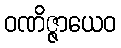
ဝဏိဇ္ဇာယေဝ